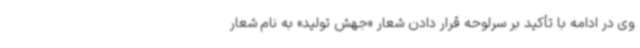
وی در ادامه با تأکید بر سرلوحه قرار دادن شعار «جهش تولید» به نام شعار